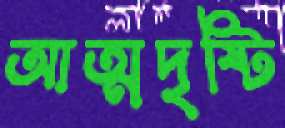
আত্মদৃষ্টি